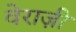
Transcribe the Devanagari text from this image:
वेराज़ी